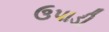
ઉપાડી